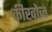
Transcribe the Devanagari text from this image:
कीखोज